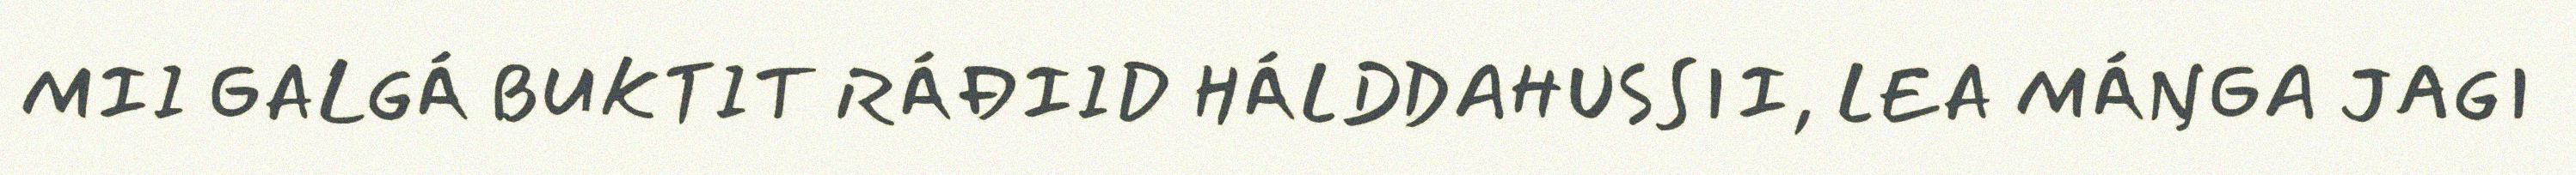
MII GALGÁ BUKTIT RÁĐIID HÁLDDAHUSSII, LEA MÁŊGA JAGI